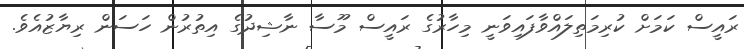
ރައީސް ކަމަށް ކުރިމަތިލައްވާފައިވަނީ މިހާރުގެ ރައީސް މޫސާ ނާޝިދުގެ އިތުރުން ހަސަން ރިޔާޒުއެވެ.